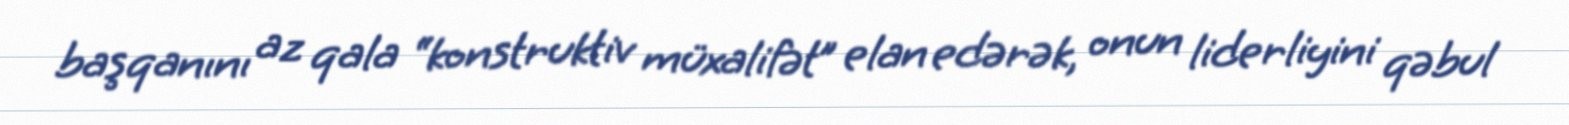
başqanını az qala “konstruktiv müxalifət” elan edərək, onun liderliyini qəbul